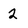
Character: 2